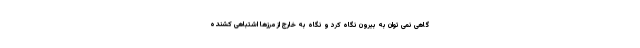
گاهی نمی توان به بیرون نگاه کرد و نگاه به خارج از مرزها اشتباهی کشنده